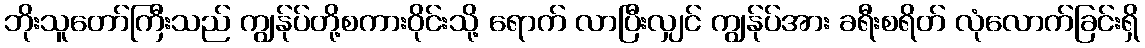
ဘိုးသူတော်ကြီးသည် ကျွန်ုပ်တို့စကားဝိုင်းသို့ ရောက် လာပြီးလျှင် ကျွန်ုပ်အား ခရီးစရိတ် လုံလောက်ခြင်းရှိ